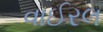
વાઈરલ